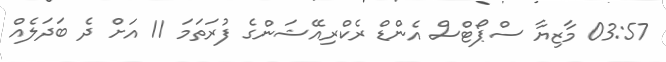
03:57 މާޒިޔާ ސްޕޯޓްސް އެންޑް ރެކްރިއޭޝަންގެ ފުރަތަމަ 11 އަށް ދެ ބަދަލެއް